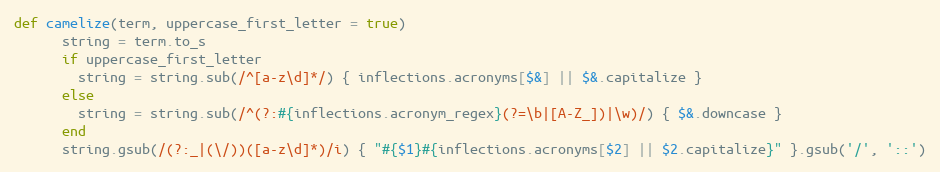
Language: Ruby
def camelize(term, uppercase_first_letter = true)
      string = term.to_s
      if uppercase_first_letter
        string = string.sub(/^[a-z\d]*/) { inflections.acronyms[$&] || $&.capitalize }
      else
        string = string.sub(/^(?:#{inflections.acronym_regex}(?=\b|[A-Z_])|\w)/) { $&.downcase }
      end
      string.gsub(/(?:_|(\/))([a-z\d]*)/i) { "#{$1}#{inflections.acronyms[$2] || $2.capitalize}" }.gsub('/', '::')